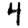
Digit: 4